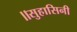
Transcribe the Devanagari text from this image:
॥सुहासिनी